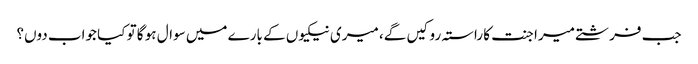
جب فرشتے میرا جنت کا راستہ روکیں گے، میری نیکیوں کے بارے میں سوال ہو گا تو کیا جواب دوں؟